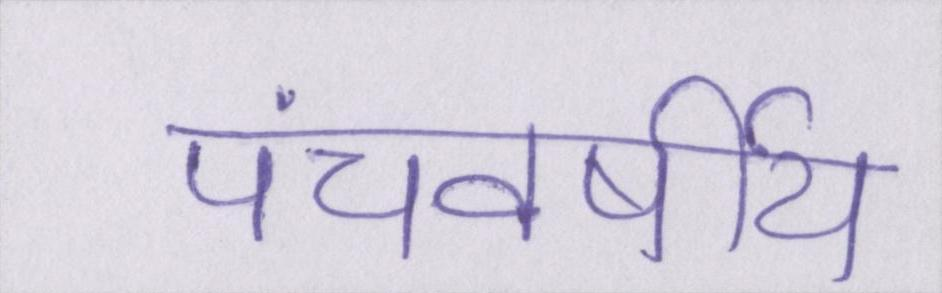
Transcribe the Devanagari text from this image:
पंचवर्षीय